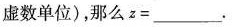
虚数单位)，那么z=_____.